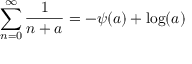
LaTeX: \sum _ { n = 0 } ^ { \infty } { \frac { 1 } { n + a } } = - \psi ( a ) + \log ( a )